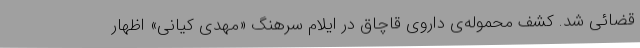
قضائی شد. کشف محموله‌ی داروی قاچاق در ایلام سرهنگ «مهدی کیانی» اظهار